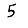
Digit: 5